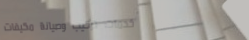
خدمات تركيب وصيانة مكيفات